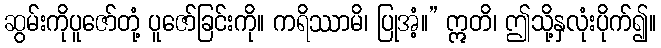
ဆွမ်းကိုပူဇော်တုံ့ ပူဇော်ခြင်းကို။ ကရိဿာမိ၊ ပြုအံ့။” ဣတိ၊ ဤသို့နှလုံးပိုက်၍။